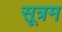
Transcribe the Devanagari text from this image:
सूत्रम